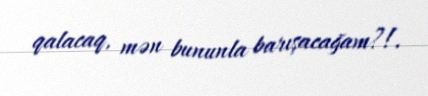
qalacaq, mən bununla barışacağam?!.